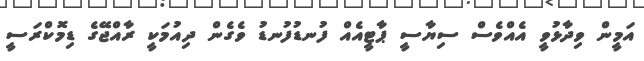
އަމީން ވިދާޅުވީ އެއްވެސް ސިޔާސީ ޕާޓީއެއް ފުނޑުފުނޑު ވެގެން ދިއުމަކީ ރާއްޖޭގެ ޑިމޮކްރަސީ